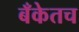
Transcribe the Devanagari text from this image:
बँकेतच